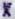
X